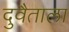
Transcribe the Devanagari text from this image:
दुवैताला